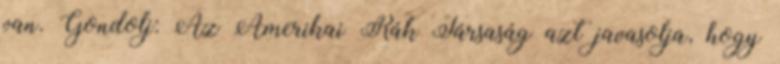
van. Gondolj: Az Amerikai Rák Társaság azt javasolja, hogy